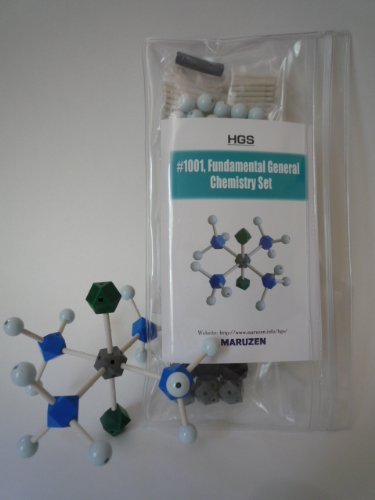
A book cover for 1001/fundamental General Chemistry Set / with Resealable Bag (HGS Polyhedron Molecular Model); HGS Maruzen; Science & Math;